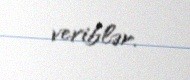
veriblər.